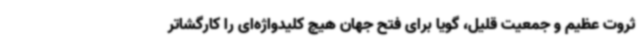
ثروت عظیم و جمعیت قلیل، گویا برای فتح جهان هیچ کلیدواژه‌ای را کارگشاتر